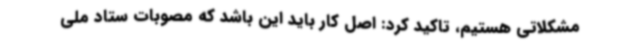
مشکلاتی هستیم، تاکید کرد: اصل کار باید این باشد که مصوبات ستاد ملی